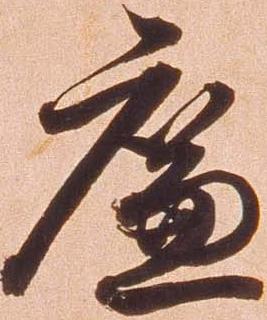
廉